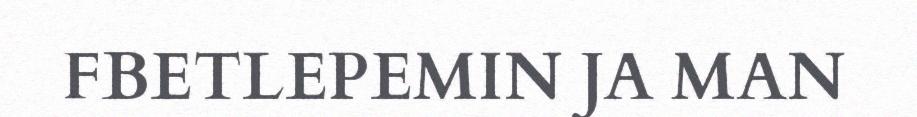
FBETLEPEMIN JA MAN